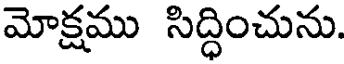
మోక్షము సిద్ధించును.